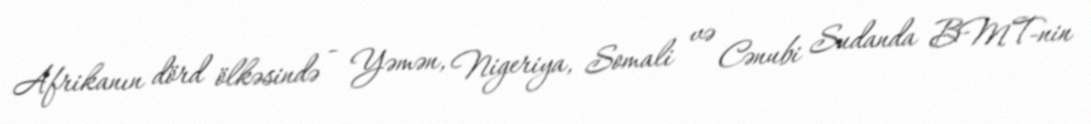
Afrikanın dörd ölkəsində - Yəmən, Nigeriya, Somali və Cənubi Sudanda BMT-nin